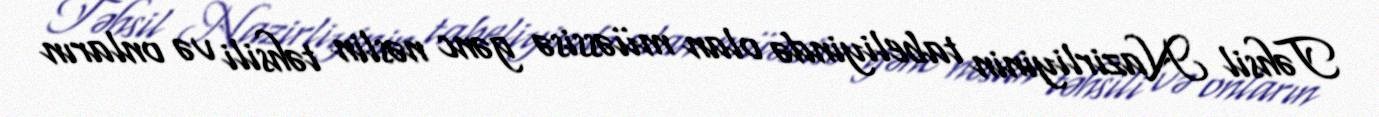
Təhsil Nazirliyinin tabeliyində olan müəssisə gənc nəslin təhsili və onların